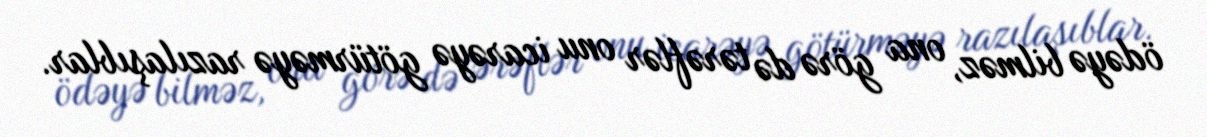
ödəyə bilməz, ona görə də tərəflər onu icarəyə götürməyə razılaşıblar.